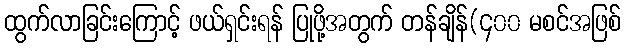
ထွက်လာခြင်းကြောင့် ဖယ်ရှင်းရန် ပြုဖို့အတွက် တန်ချိန်(၄၀၀ မစင်အဖြစ်